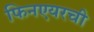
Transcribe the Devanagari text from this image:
फिनएयरची